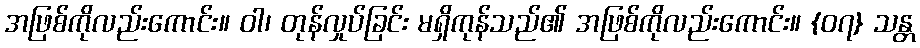
အဖြစ်ကိုလည်းကောင်း။ ဝါ၊ တုန်လှုပ်ခြင်း မရှိကုန်သည်၏ အဖြစ်ကိုလည်းကောင်း။ {၀၇} သန္တ